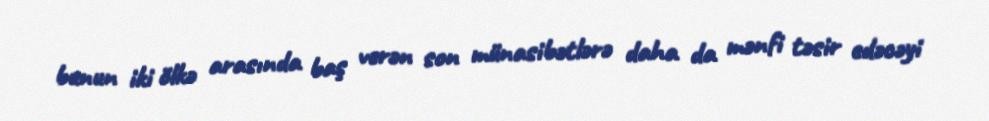
bunun iki ölkə arasında baş verən son münasibətlərə daha da mənfi təsir edəcəyi